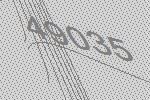
49035